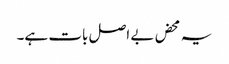
یہ محض بے اصل بات ہے۔